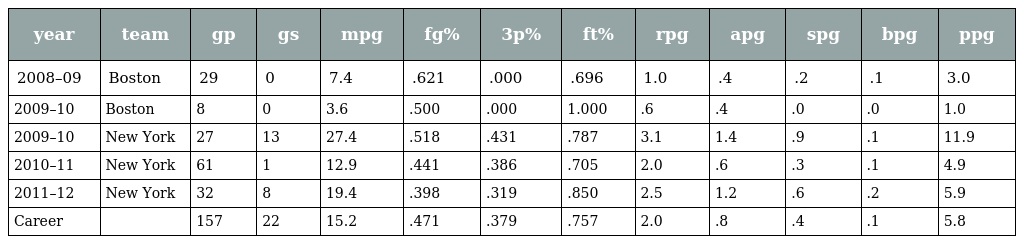
| year | team | gp | gs | mpg | fg% | 3p% | ft% | rpg | apg | spg | bpg | ppg |
 | --- | --- | --- | --- | --- | --- | --- | --- | --- | --- | --- | --- | --- |
 | 2008–09 | Boston | 29 | 0 | 7.4 | .621 | .000 | .696 | 1.0 | .4 | .2 | .1 | 3.0 |
 | 2009–10 | Boston | 8 | 0 | 3.6 | .500 | .000 | 1.000 | .6 | .4 | .0 | .0 | 1.0 |
 | 2009–10 | New York | 27 | 13 | 27.4 | .518 | .431 | .787 | 3.1 | 1.4 | .9 | .1 | 11.9 |
 | 2010–11 | New York | 61 | 1 | 12.9 | .441 | .386 | .705 | 2.0 | .6 | .3 | .1 | 4.9 |
 | 2011–12 | New York | 32 | 8 | 19.4 | .398 | .319 | .850 | 2.5 | 1.2 | .6 | .2 | 5.9 |
 | Career |  | 157 | 22 | 15.2 | .471 | .379 | .757 | 2.0 | .8 | .4 | .1 | 5.8 |